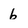
Character: b